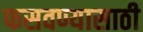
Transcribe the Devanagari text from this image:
फसवण्यासाठी